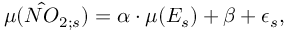
\mu ( \hat { N O } _ { 2 ; s } ) = \alpha \cdot \mu ( E _ { s } ) + \beta + \epsilon _ { s } ,